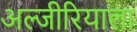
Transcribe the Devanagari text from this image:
अल्जीरियाला